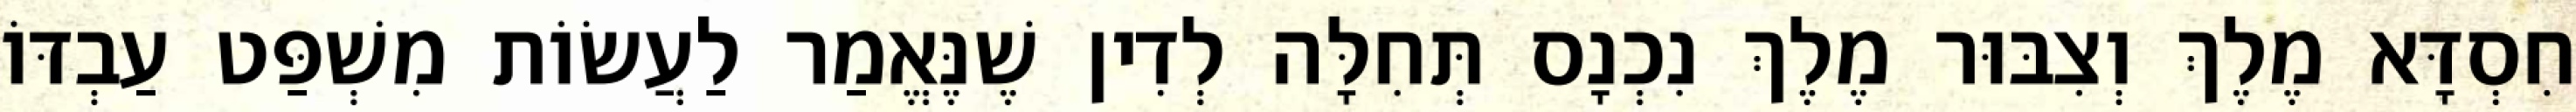
חִסְדָּא מֶלֶךְ וְצִבּוּר מֶלֶךְ נִכְנָס תְּחִלָּה לְדִין שֶׁנֶּאֱמַר לַעֲשׂוֹת מִשְׁפַּט עַבְדּוֹ